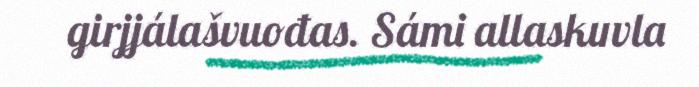
girjjálašvuođas. Sámi allaskuvla